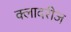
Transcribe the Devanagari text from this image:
क्लादरीज